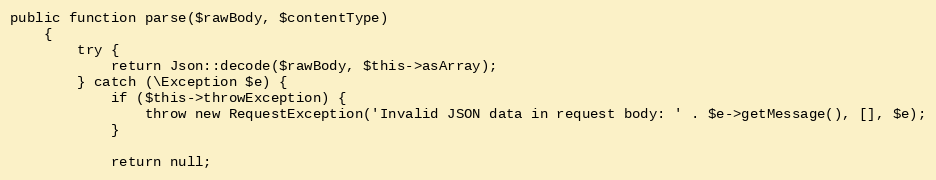
Language: PHP
public function parse($rawBody, $contentType)
    {
        try {
            return Json::decode($rawBody, $this->asArray);
        } catch (\Exception $e) {
            if ($this->throwException) {
                throw new RequestException('Invalid JSON data in request body: ' . $e->getMessage(), [], $e);
            }

            return null;